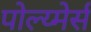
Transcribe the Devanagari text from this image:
पोल्य्मेर्स